system: You are a helpful assistant.
user:
Analyze the provided spectrum to determine if it is a **Carbon Star (C-type)**.

- **Key Visual Indicators of Carbon Star:**
    - **(Primary):** Strong molecular absorption from **C₂ (diatomic carbon) "Swan Bands."** This is the **defining feature** of a carbon star.
        - **(Key Bandheads):** Sharp absorption edges are visible at approximately $5635$ Å, $5165$ Å (the strongest band), and $4737$ Å.
        - **(Line Profile):** Creates a distinct **"saw-tooth"** pattern. The key morphology is a sharp, steep bandhead on the **red (long-wavelength) side**, which then gradually tapers off (i.e., flux recovers) towards the **blue (short-wavelength) side**. *(This is the direct opposite of the TiO bands seen in M-type stars)*.

    - **(Secondary):** Intense **CN (cyanogen)** molecular absorption bands.
        - **(Key Bandheads):** Located in the blue and violet regions of the spectrum (e.g., near $4215$ Å and $3883$ Å).
        - **(Morphology):** These bands are extremely broad and act as a "blanket," absorbing the vast majority of blue and violet light. This creates a characteristic **"cliff"** or **"steep drop-off"** in the spectrum's flux at short wavelengths.

    - **(Key Confirmation):** Strong **CH absorption band (G-band)**.
        - **(Key Bandhead):** Located around $4300$ Å. The contribution from CH molecules to this band is exceptionally strong.

    - **(Overall Spectrum):**
        - The continuum is severely "chopped up" by these deep molecular bands, especially C₂, rather than appearing as a smooth curve.
        - Due to the heavy CN and C₂ absorption in the blue-green, the vast majority of the star's flux is concentrated in the red part of the spectrum, giving the star its characteristic deep red color.

Think first, call **spectral_visualization_tool** if needed to examine features in detail, then provide your final answer. Your response must adhere to the following strict rules:
1.  **Overall Structure:** Your response must follow the format `<think>...</think> <tool_call>...</tool_call> (if a tool is used) <answer>...</answer>`.
2.  **Tool Usage Constraint:** You may only make **one** tool call per turn.
3.  **Final Answer Format:** In the `<answer>` tag, your conclusion must be inside a `\boxed{}` command (e.g., `\boxed{YES}`), followed by your justification.

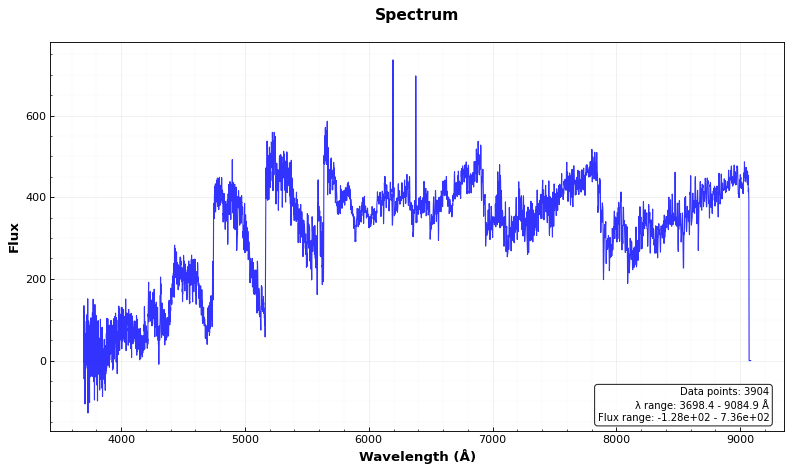
Answer: YES